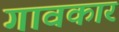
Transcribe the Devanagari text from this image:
गावकार